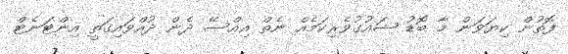
ފޮތުން ކިޔަވަން މާ ބޮޑު ޝައުގުވެރިކަމެއް ނެތް އިއްސޭ ދެން ދުއްވައިގަތީ އިންޓަނެޓް